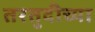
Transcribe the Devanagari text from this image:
तरतुदीच्या